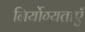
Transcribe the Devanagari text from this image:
निर्योग्यताएँ